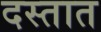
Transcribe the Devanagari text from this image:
दस्तात